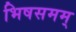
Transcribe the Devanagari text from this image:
भिषसमम्